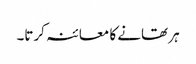
ہر تھانے کا معائنہ کرتا۔